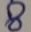
Text: 8